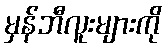
မှန်ဘီလူးများကို